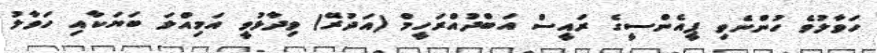
ހަވާލުވެ ހުންނެވި ޕީއެންސީގެ ރައީސް އަބްދުއްރަހީމް (އަދުރޭ) ވިދާޅުވީ އަމިއްލަ ބަޔަކާއި ހަވާލު